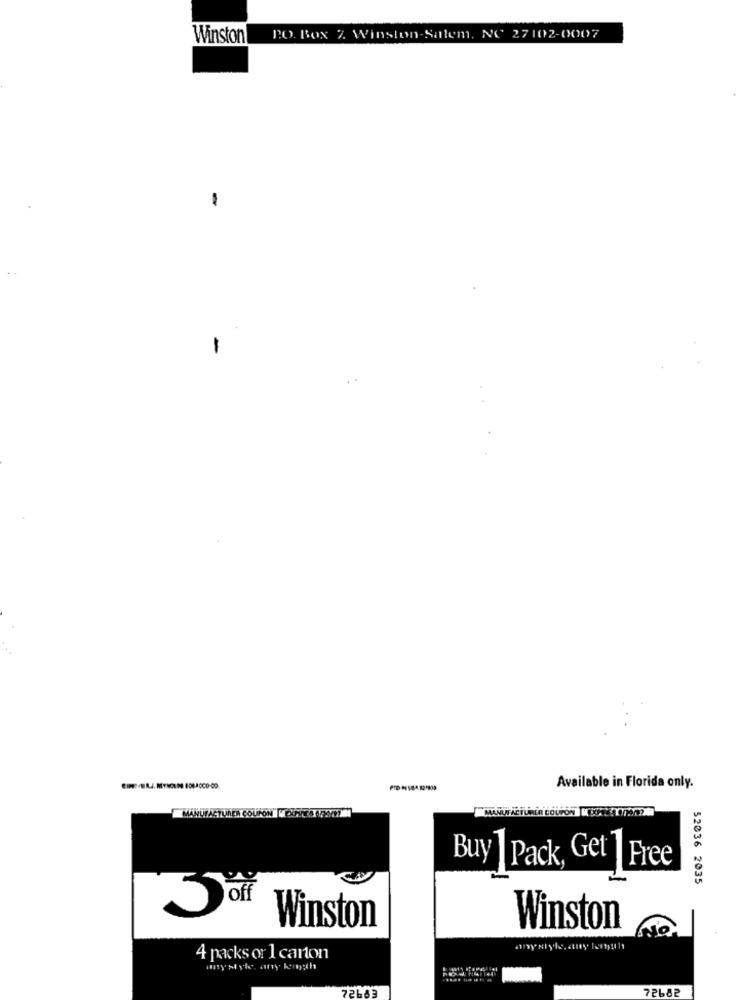
Winston
PO. Box %. Winston-Salem, NC 27102-0007
-
Available in Florida only.
ACTUREA COUPON FOON
Buy | Pack, Get 1 Free
52036 2035
Winston
Winston
4 packs or 1 carton
anystyle. any kongth
72683
72682